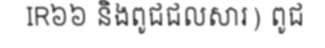
IR៦៦ និងពូជជលសារ) ពូជ